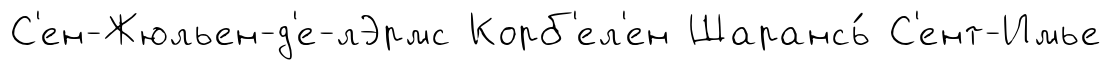
С'ен-Жюльен-д'е-лЭрмс Корб'ел'ен Шарансь́ С'ент-Имье